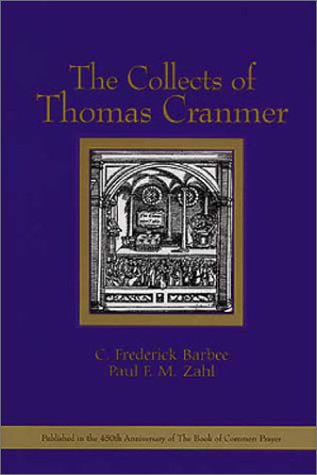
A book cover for The Collects of Thomas Cranmer; Christian Books & Bibles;